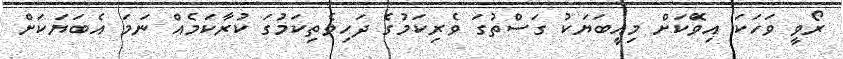
ރޯވީ ވަހަކަ އިވޭަކަށް މިއީބަޔަކު ގަސްތުގަ ވެރިކަމުގެ ދަހިވެތިކަމުގަ ކުރާކަމެއް ނަމަ އެބަޔަކަށް